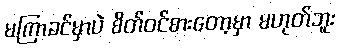
မကြာခင်မှာပဲ စိတ်ဝင်စားတော့မှာ မဟုတ်ဘူး